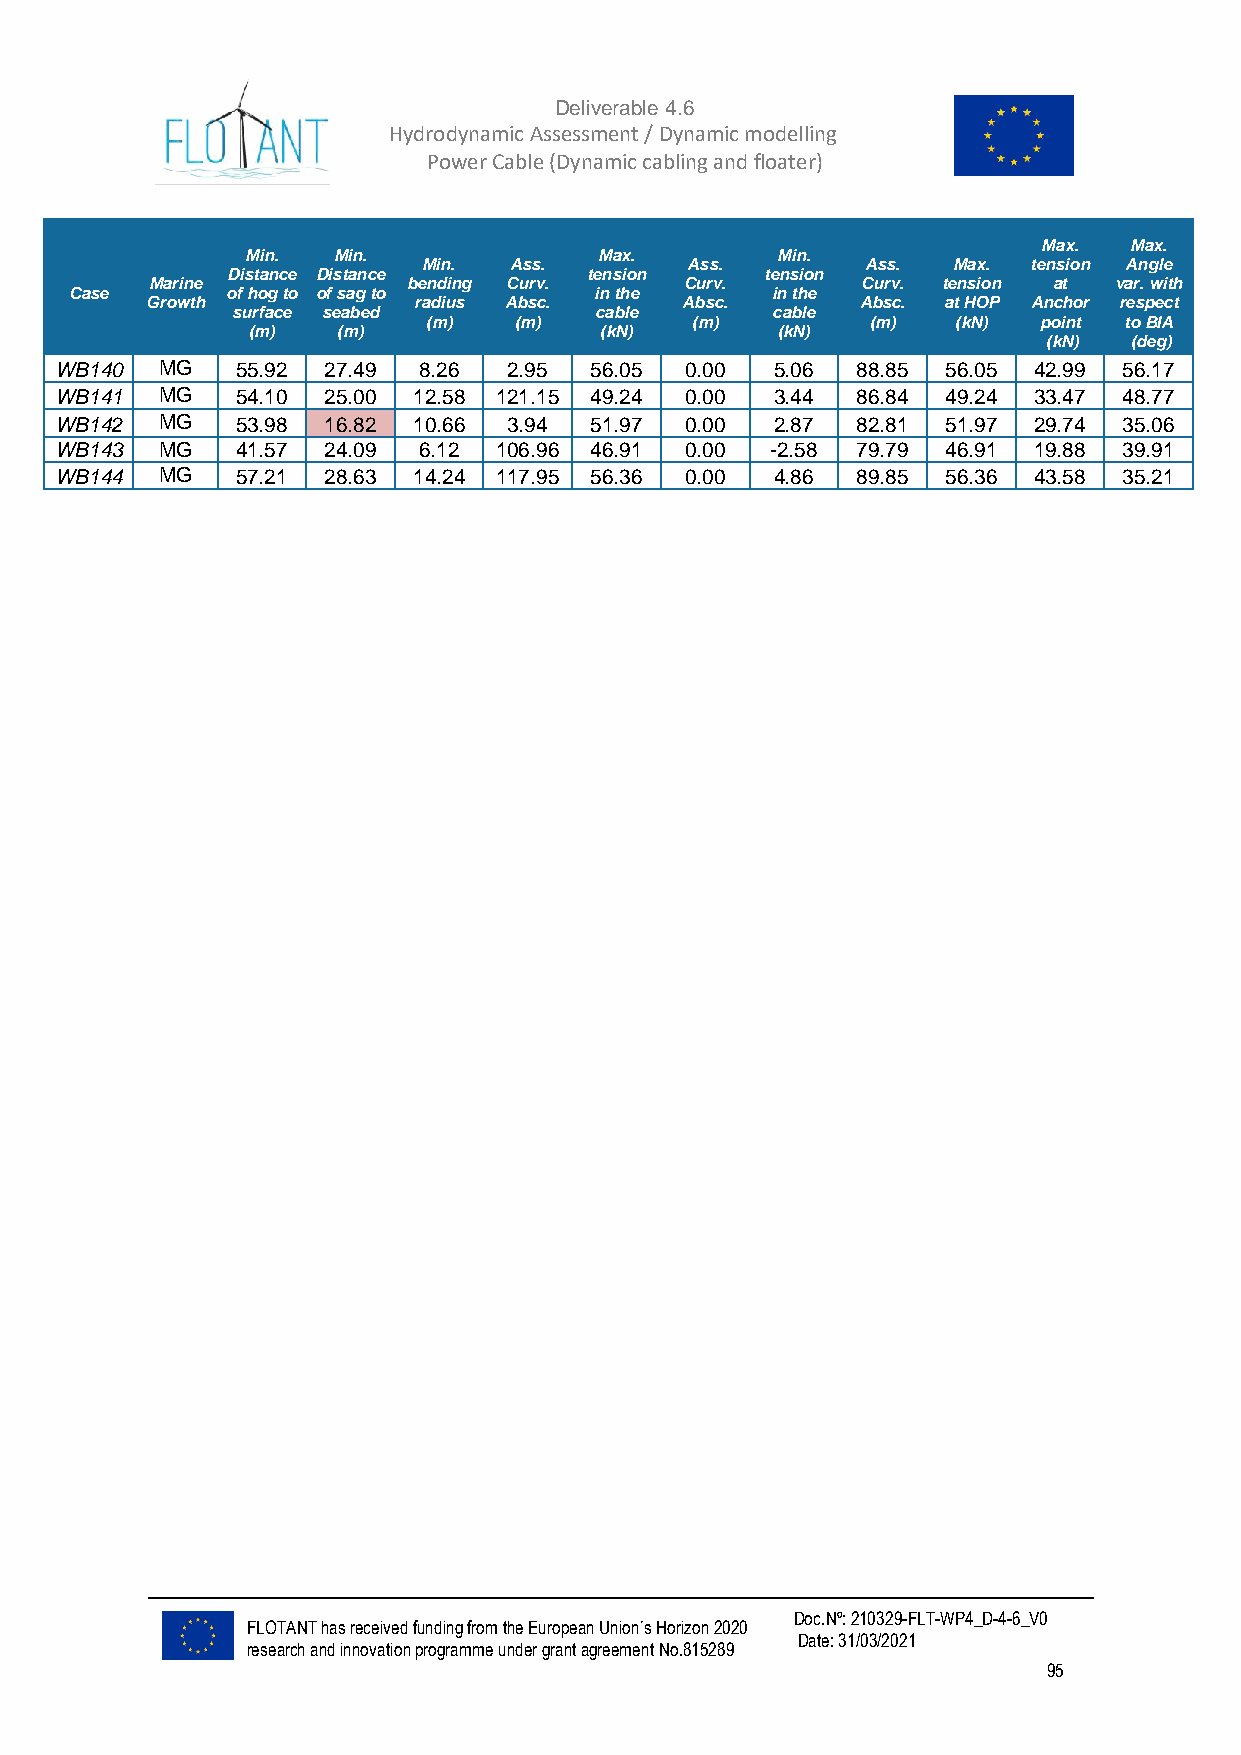
Deliverable 4.6
 Hydrodynamic Assessment / Dynamic modelling of
 Power Cable (Dynamic cabling and floater)
 Max.  Max.
 Min.  Min.              Max.       Min.
 Min.  Ass.       Ass.        Ass.  Max. tension Angle
 Distance Distance       tension     tension
 Marine           bending Curv.     Curv.       Curv. tension at var. with
 Case      of hog to of sag to     in the      in the
 Growth           radius Absc.      Absc.       Absc. at HOP Anchor respect
 surface seabed          cable       cable
 (m)   (m)         (m)         (m)  (kN)  point to BIA
 (m)   (m)               (kN)       (kN)
 (kN)  (deg)
 WB140 MG    55.92 27.49 8.26  2.95 56.05 0.00  5.06  88.85 56.05 42.99 56.17
 WB141 MG    54.10 25.00 12.58 121.15 49.24 0.00 3.44 86.84 49.24 33.47 48.77
 WB142 MG    53.98 16.82 10.66 3.94 51.97 0.00  2.87  82.81 51.97 29.74 35.06
 WB143 MG    41.57 24.09 6.12 106.96 46.91 0.00 -2.58 79.79 46.91 19.88 39.91
 WB144 MG    57.21 28.63 14.24 117.95 56.36 0.00 4.86 89.85 56.36 43.58 35.21
 Doc.Nº: 210329-FLT-WP4_D-4-6_V0
 FLOTANT has received funding from the European Union´s Horizon 2020
 Date: 31/03/2021
 research and innovation programme under grant agreement No.815289
 95